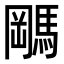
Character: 𬳭